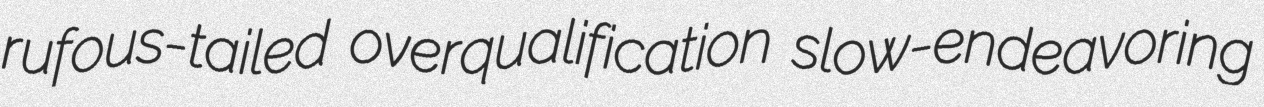
rufous-tailed overqualification slow-endeavoring